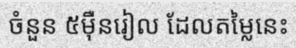
ចំនួន ៥ម៉ឺនរៀល ដែលតម្លៃនេះ